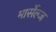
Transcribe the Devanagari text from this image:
मार्सेल्ज